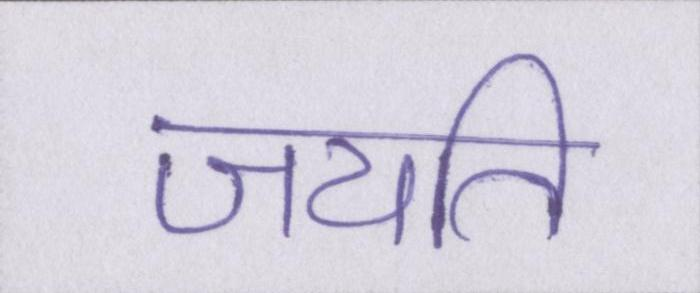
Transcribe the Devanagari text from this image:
जयति